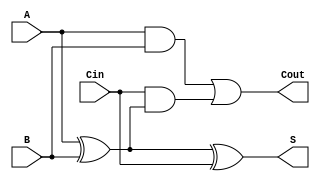
module full_adder (
    input wire A,      // First input bit
    input wire B,      // Second input bit
    input wire Cin,    // Carry-in bit
    output reg S,      // Sum output
    output reg Cout    // Carry-out output
);

// Behavioral description of the full adder
always @(*) begin
    // Compute the sum output (S)
    S = A ^ B ^ Cin; // S = A  B  Cin
    
    // Compute the carry-out output (Cout)
    Cout = (A & B) | (Cin & (A ^ B)); // Cout = (A  B) + (Cin  (A  B))
end

endmodule